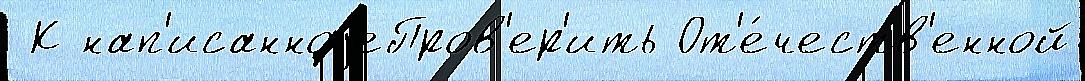
 К нап'исанноjеПров'ер'ить От'е́честв'енной